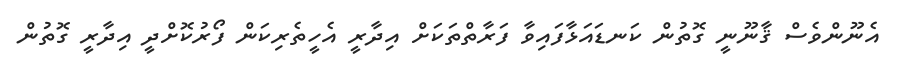
އެނޫންވެސް ޤާނޫނީ ގޮތުން ކަނޑައަޅާފައިވާ ފަރާތްތަކަށް އިދާރީ އެހީތެރިކަން ފޯރުކޮށްދީ އިދާރީ ގޮތުން